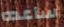
ساعده